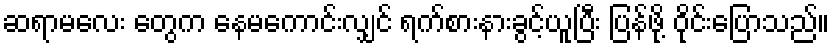
ဆရာမလေး တွေက နေမကောင်းလျှင် ရက်စားနားခွင့်ယူပြီး ပြန်ဖို့ ဝိုင်းပြောသည်။